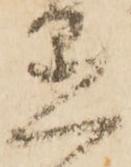
愚